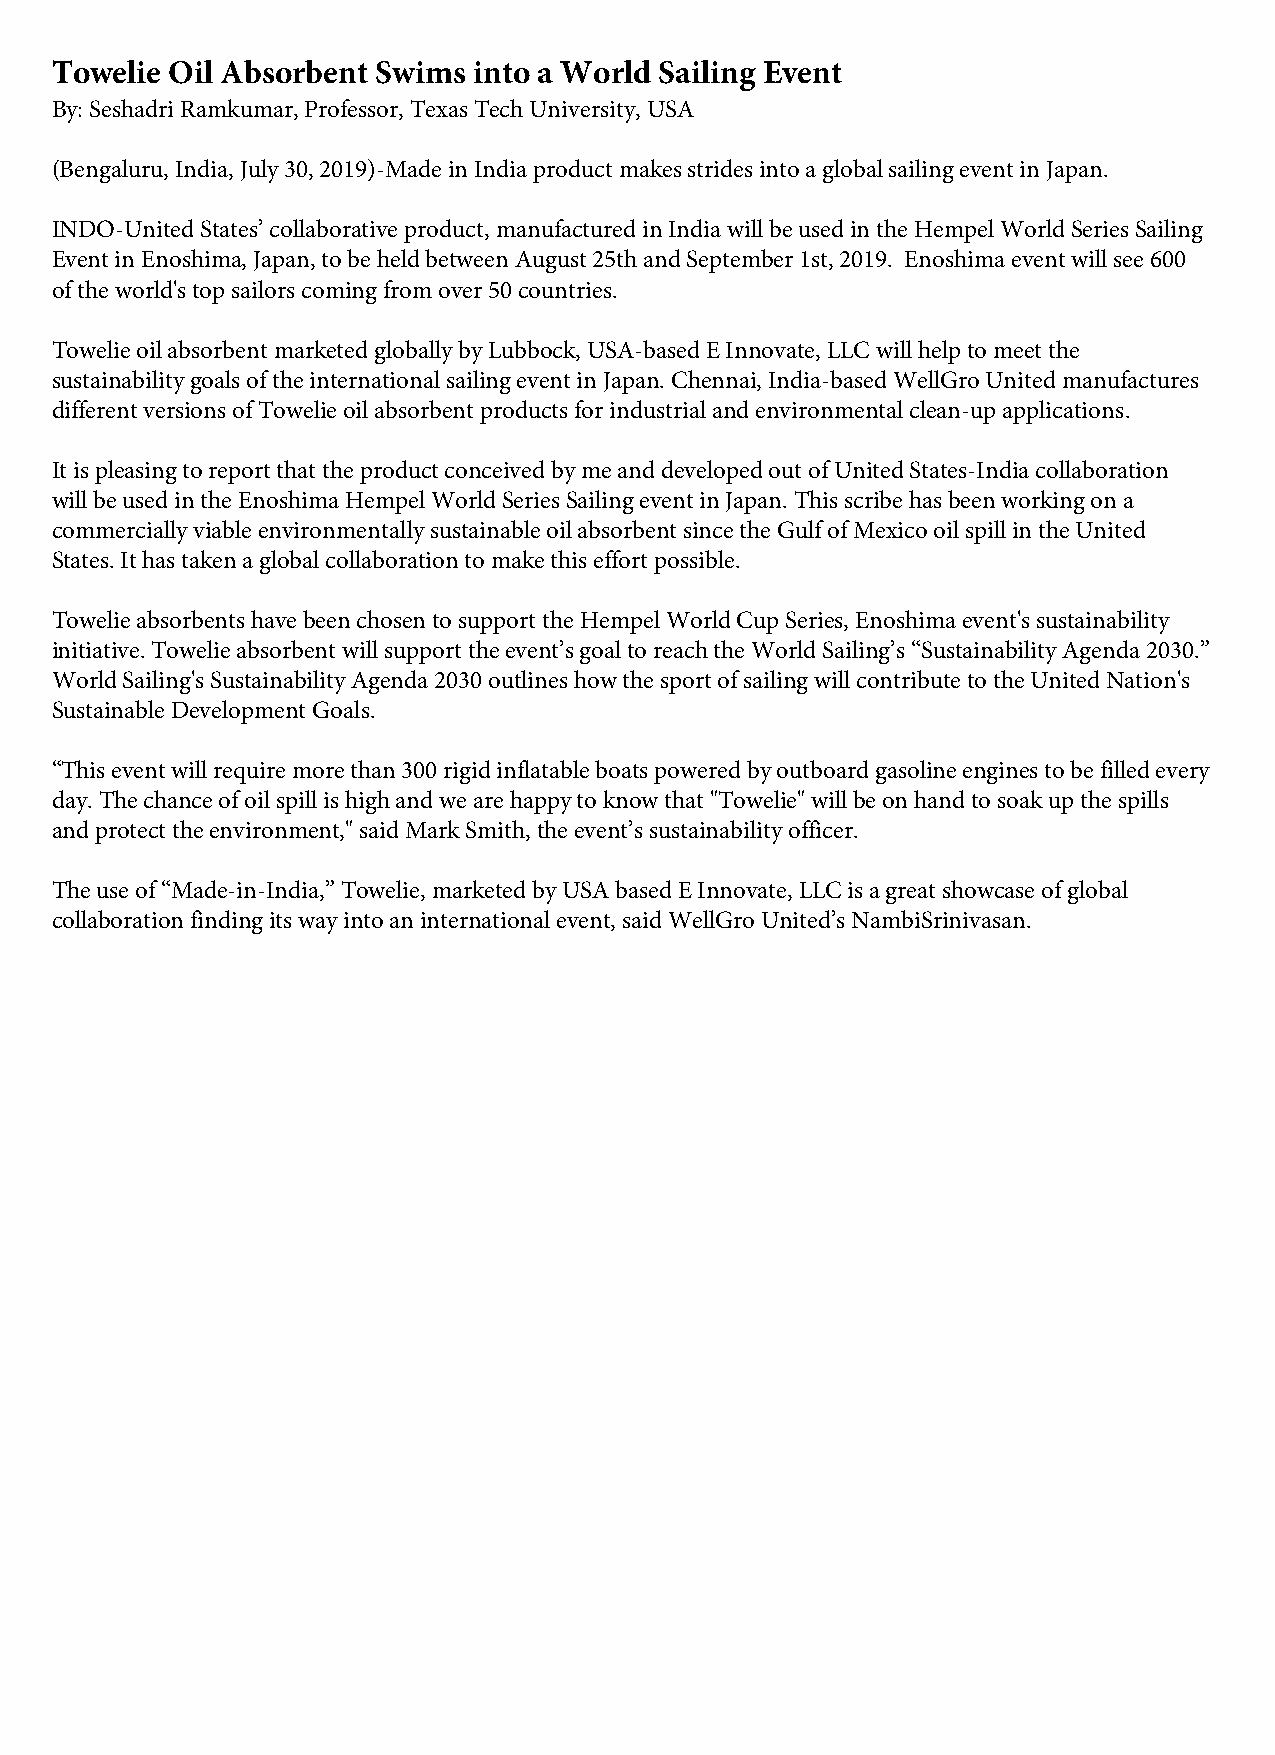
Towelie Oil Absorbent Swims into a World Sailing Event
 By: Seshadri Ramkumar, Professor, Texas Tech University, USA
 (Bengaluru, India, July 30, 2019)-Made in India product makes strides into a global sailing event in Japan.
 INDO-United States’ collaborative product, manufactured in India will be used in the Hempel World Series Sailing
 Event in Enoshima, Japan, to be held between August 25th and September 1st, 2019. Enoshima event will see 600
 of the world's top sailors coming from over 50 countries.
 Towelie oil absorbent marketed globally by Lubbock, USA-based E Innovate, LLC will help to meet the
 sustainability goals of the international sailing event in Japan. Chennai, India-based WellGro United manufactures
 different versions of Towelie oil absorbent products for industrial and environmental clean-up applications.
 It is pleasing to report that the product conceived by me and developed out of United States-India collaboration
 will be used in the Enoshima Hempel World Series Sailing event in Japan. This scribe has been working on a
 commercially viable environmentally sustainable oil absorbent since the Gulf of Mexico oil spill in the United
 States. It has taken a global collaboration to make this effort possible.
 Towelie absorbents have been chosen to support the Hempel World Cup Series, Enoshima event's sustainability
 initiative. Towelie absorbent will support the event’s goal to reach the World Sailing’s “Sustainability Agenda 2030.”
 World Sailing's Sustainability Agenda 2030 outlines how the sport of sailing will contribute to the United Nation's
 Sustainable Development Goals.
 “This event will require more than 300 rigid inflatable boats powered by outboard gasoline engines to be filled every
 day. The chance of oil spill is high and we are happy to know that "Towelie" will be on hand to soak up the spills
 and protect the environment," said Mark Smith, the event’s sustainability officer.
 The use of “Made-in-India,” Towelie, marketed by USA based E Innovate, LLC is a great showcase of global
 collaboration finding its way into an international event, said WellGro United’s NambiSrinivasan.